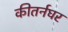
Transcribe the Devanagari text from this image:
कीतर्नघर